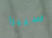
سييرا